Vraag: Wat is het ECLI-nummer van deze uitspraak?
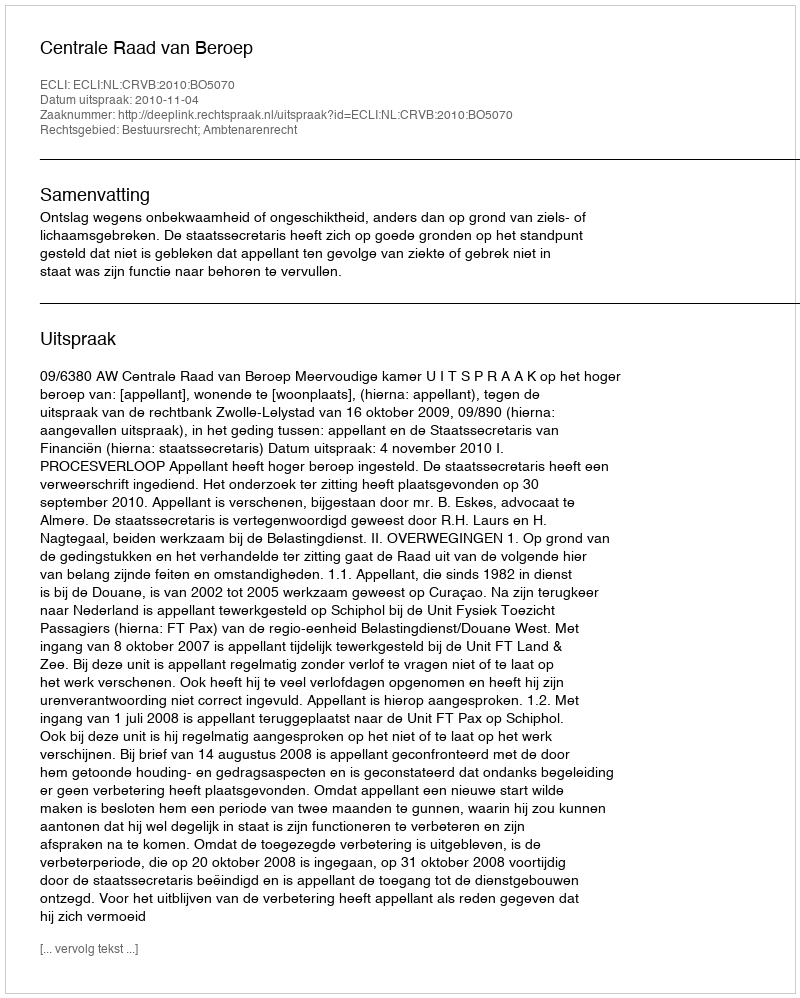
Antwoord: ECLI:NL:CRVB:2010:BO5070